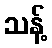
သန့်